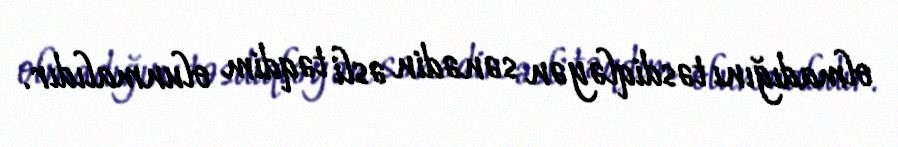
olmadığını təsdiqləyən sənədin əsli təqdim olunmalıdır.